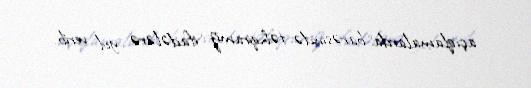
açıqlamalarda barəsində təhqiramiz ifadələrə yol verib.